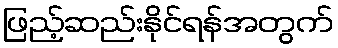
ဖြည့်ဆည်းနိုင်ရန်အတွက်